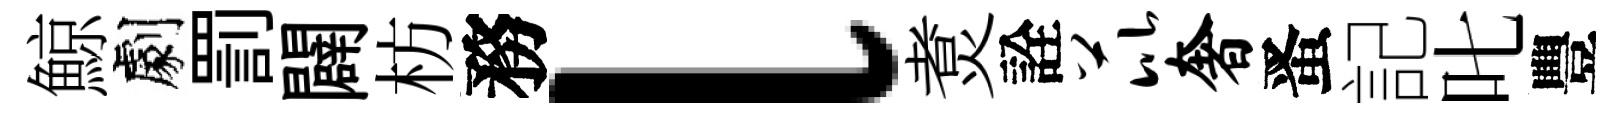
鯨劇罰闢枋務l煑詮芘奢󱉠記叱豐